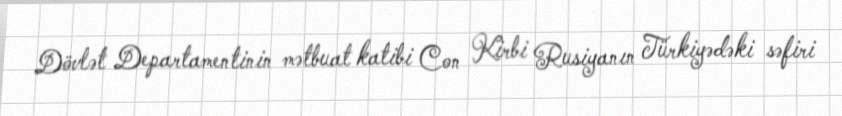
Dövlət Departamentinin mətbuat katibi Con Kirbi Rusiyanın Türkiyədəki səfiri